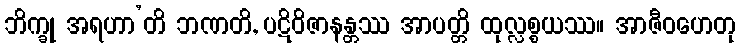
ဘိက္ခု အရဟာ’တိ ဘဏတိ, ပဋိဝိဇာနန္တဿ အာပတ္တိ ထုလ္လစ္စယဿ။ အာဇီဝဟေတု